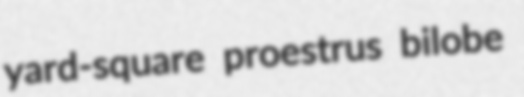
yard-square proestrus bilobe